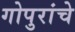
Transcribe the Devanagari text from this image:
गोपुरांचे